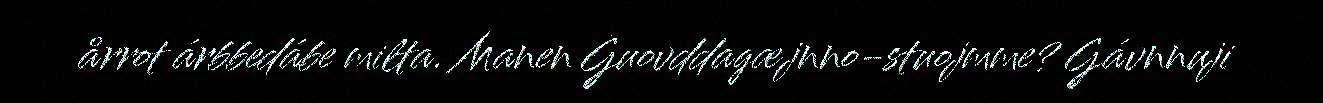
årrot árbbedábe milta. Manen Guovddagæjnno-stuojmme? Gávnnuji